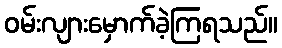
ဝမ်းလျားမှောက်ခဲ့ကြရသည်။